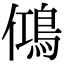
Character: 𬷉